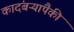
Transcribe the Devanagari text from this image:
कादंबऱ्यांपैकी